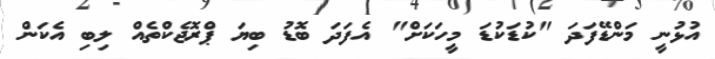
އުޅުނީ މަންޑޭފަދަ "ކުޑަކުޑަ މީހަކަށް" އެފަދަ ބޮޑު ބިޔަ ޕްރޮޖެކްތެއް ލިބި އެކަން